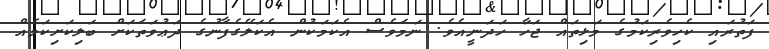
ފަތުރައި ކެހިވެރިކަމުގެ މަޅިތައް ޖަހާ ހަދަނީއެވެ. ނަމަވެސް އެކަމަކުން އެކަލޭގެފާނުގެ ދަޢުވަތަކަށް ބަލިކަށިކަމެއް